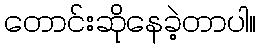
တောင်းဆိုနေခဲ့တာပါ။